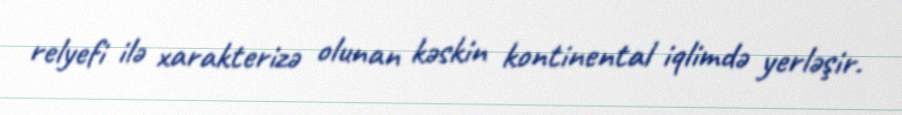
relyefi ilə xarakterizə olunan kəskin kontinental iqlimdə yerləşir.